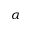
\alpha